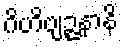
ဂိဟိဗျဉ္ဇနာနိ